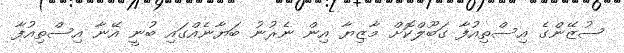
ސުޒޭންގެ އިސްތިއުފާ ގަބޫލްކޮށް މާޒިޔާ އިން ނެރުނު ބަޔާނެއްގައި ބުނީ އޭނާ އިސްތިއުފާ